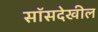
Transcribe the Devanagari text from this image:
सॉसदेखील